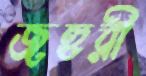
জহুরী